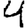
Digit: 4